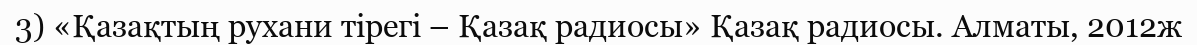
3) «Қазақтың рухани тірегі – Қазақ радиосы» Қазақ радиосы. Алматы, 2012ж